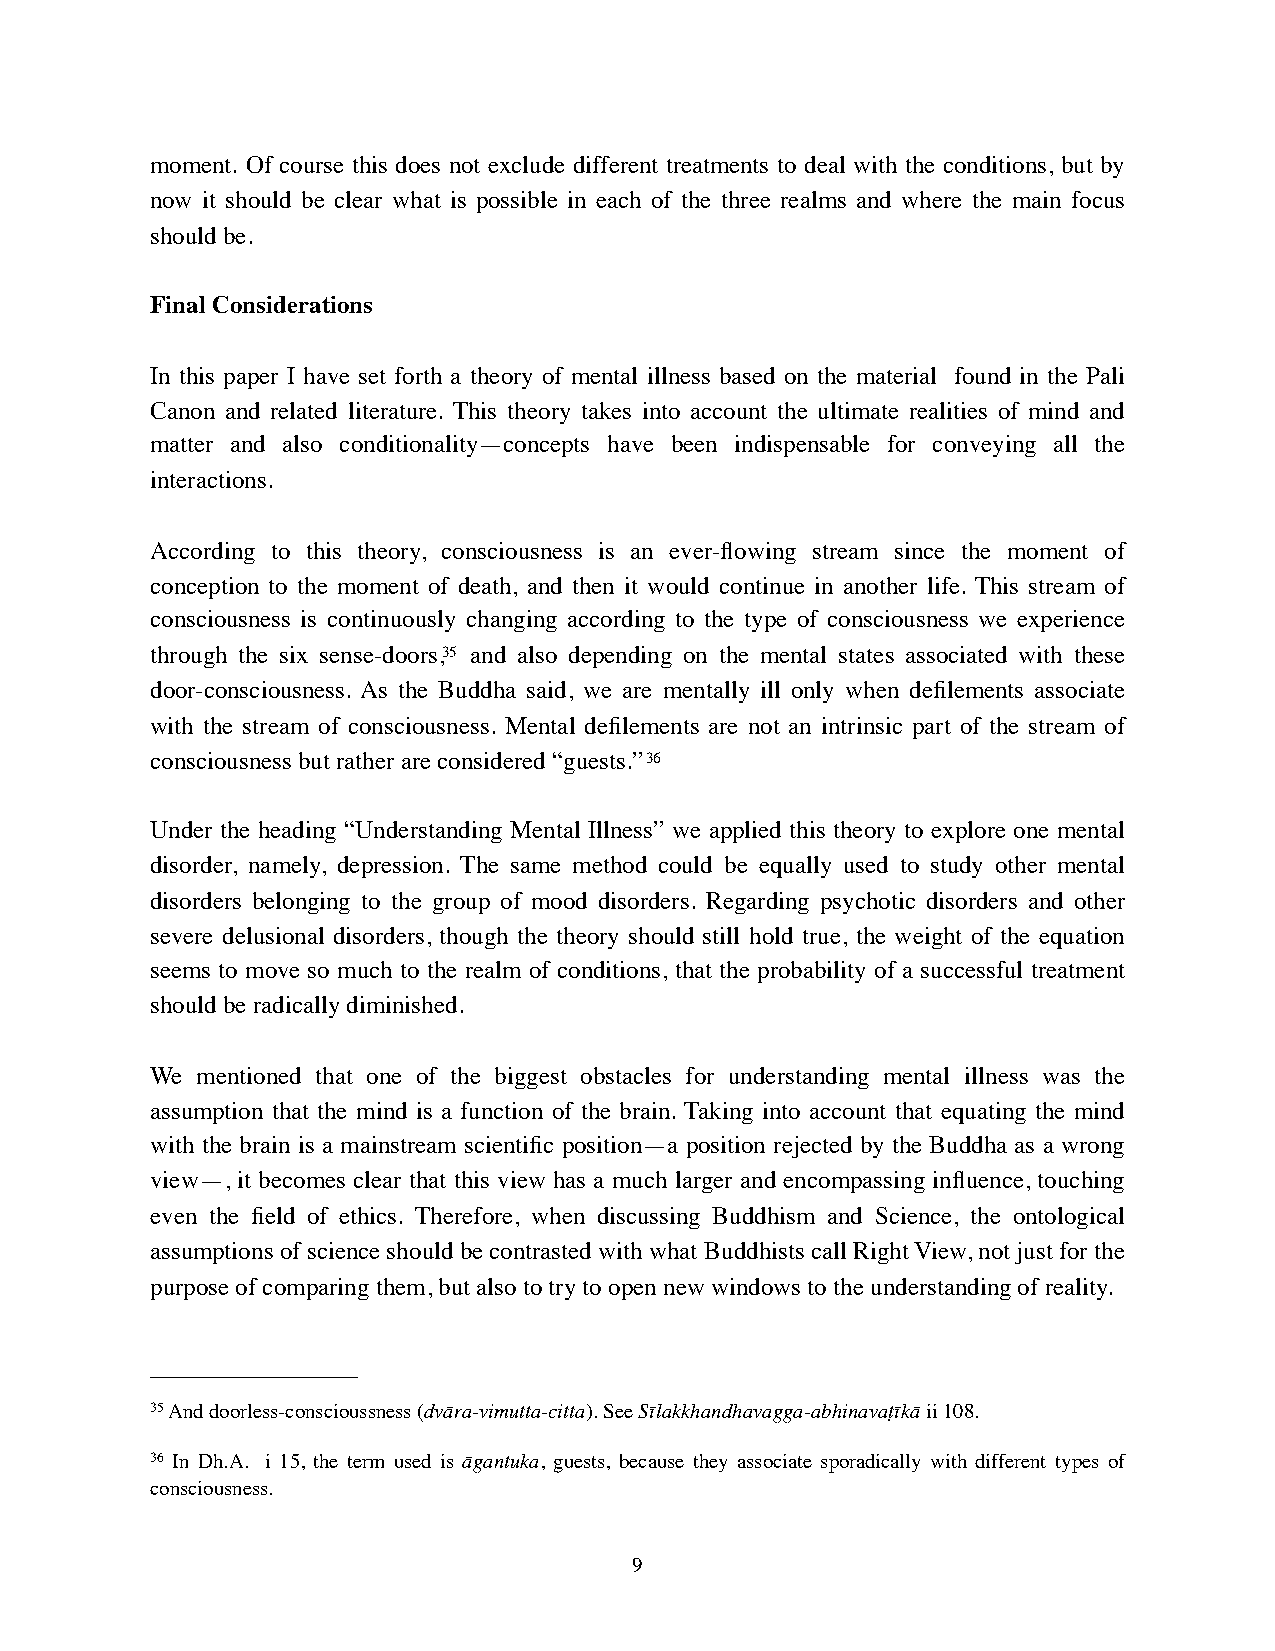
moment. Of course this does not exclude different treatments to deal with the conditions, but by
 now it should be clear what is possible in each of the three realms and where the main focus
 should be.
 Final Considerations
 In this paper I have set forth a theory of mental illness based on the material found in the Pali
 Canon and related literature. This theory takes into account the ultimate realities of mind and
 matter and also conditionality—concepts have been indispensable for conveying all the
 interactions.
 According to this theory, consciousness is an ever-flowing stream since the moment of
 conception to the moment of death, and then it would continue in another life. This stream of
 consciousness is continuously changing according to the type of consciousness we experience
 through the six sense-doors,35 and also depending on the mental states associated with these
 door-consciousness. As the Buddha said, we are mentally ill only when defilements associate
 with the stream of consciousness. Mental defilements are not an intrinsic part of the stream of
 consciousness but rather are considered “guests.”36
 Under the heading “Understanding Mental Illness” we applied this theory to explore one mental
 disorder, namely, depression. The same method could be equally used to study other mental
 disorders belonging to the group of mood disorders. Regarding psychotic disorders and other
 severe delusional disorders, though the theory should still hold true, the weight of the equation
 seems to move so much to the realm of conditions, that the probability of a successful treatment
 should be radically diminished.
 We mentioned that one of the biggest obstacles for understanding mental illness was the
 assumption that the mind is a function of the brain. Taking into account that equating the mind
 with the brain is a mainstream scientific position—a position rejected by the Buddha as a wrong
 view—, it becomes clear that this view has a much larger and encompassing influence, touching
 even the field of ethics. Therefore, when discussing Buddhism and Science, the ontological
 assumptions of science should be contrasted with what Buddhists call Right View, not just for the
 purpose of comparing them, but also to try to open new windows to the understanding of reality.
 35 And doorless-conscioussness (dvāra-vimutta-citta). See Sīlakkhandhavagga-abhinavaṭīkā ii 108.
 36 In Dh.A. i 15, the term used is āgantuka, guests, because they associate sporadically with different types of
 consciousness.
 9